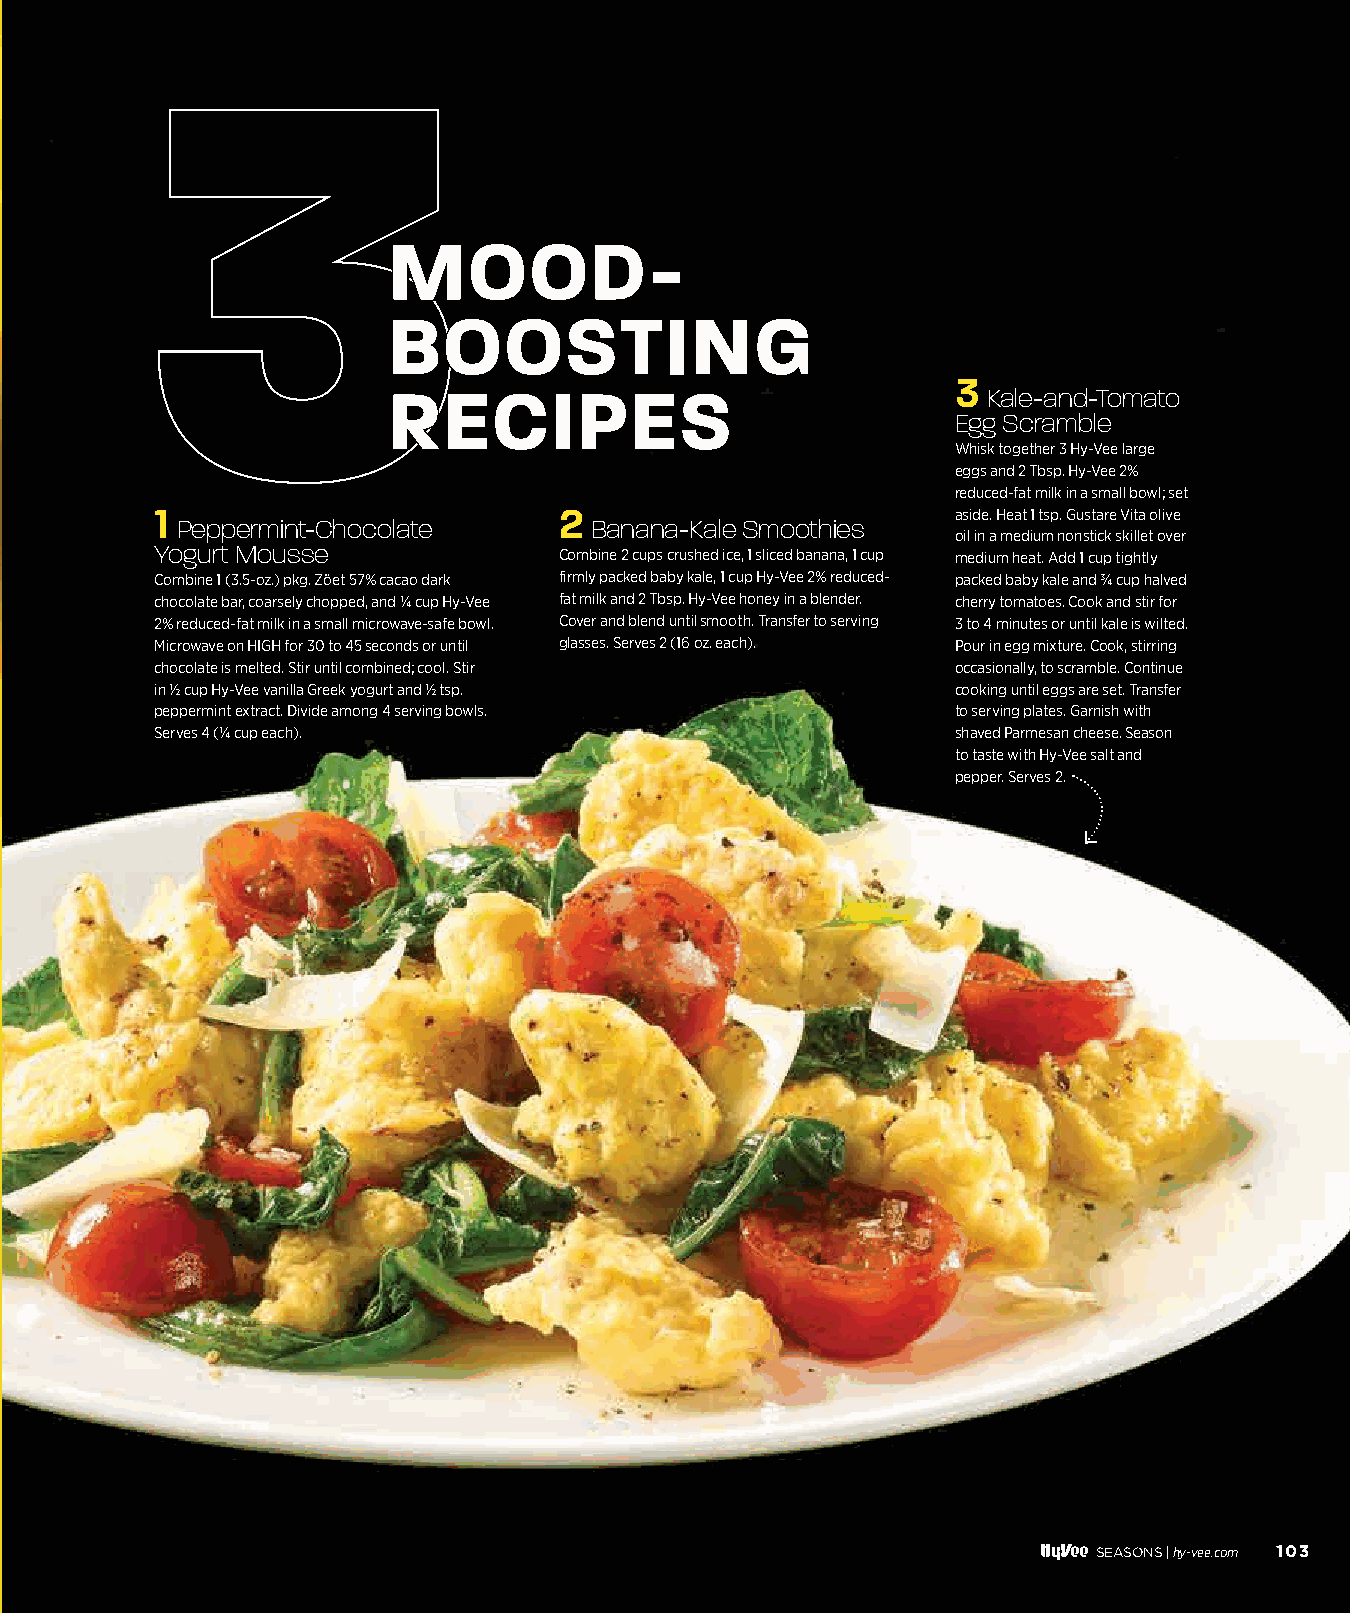
3
 MMOOOODD--
 BBOOOOSSTTIINNGG
 3
 RREECCIIPPEESS                         Kale-and-Tomato
 Egg Scramble
 Whisk together 3 Hy-Vee large
 eggs and 2 Tbsp. Hy-Vee 2%
 reduced-fat milk in a small bowl; set
 1                          2                         aside. Heat 1 tsp. Gustare Vita olive
 Peppermint-Chocolate       Banana-Kale Smoothies
 oil in a medium nonstick skillet over
 Yogurt Mousse              Combine 2 cups crushed ice, 1 sliced banana, 1 cup medium heat. Add 1 cup tightly
 Combine 1 (3.5-oz.) pkg. Zöet 57% cacao dark firmly packed baby kale, 1 cup Hy-Vee 2% reduced- packed baby kale and ¾ cup halved
 chocolate bar, coarsely chopped, and ¼ cup Hy-Vee fat milk and 2 Tbsp. Hy-Vee honey in a blender. cherry tomatoes. Cook and stir for
 2% reduced-fat milk in a small microwave-safe bowl. Cover and blend until smooth. Transfer to serving 3 to 4 minutes or until kale is wilted.
 Microwave on HIGH for 30 to 45 seconds or until glasses. Serves 2 (16 oz. each). Pour in egg mixture. Cook, stirring
 chocolate is melted. Stir until combined; cool. Stir occasionally, to scramble. Continue
 in ½ cup Hy-Vee vanilla Greek yogurt and ½ tsp.      cooking until eggs are set. Transfer
 peppermint extract. Divide among 4 serving bowls.    to serving plates. Garnish with
 Serves 4 (¼ cup each).                               shaved Parmesan cheese. Season
 to taste with Hy-Vee salt and
 pepper. Serves 2.
 SEASONS | hy-vee.com 103
 110000--110033 FFooooddss TThhaatt FFiigghhtt SSAADD__1111..2299..iinndddd 110033 1111//2299//2211 22::0066 PPMM